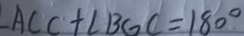
A C C + \angle B G C = 1 8 0 ^ { \circ }